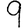
Digit: 9